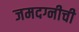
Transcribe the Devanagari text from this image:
जमदग्नीची